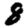
Digit: 8